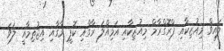
ލައިވް މިއުޒިކާއި ޕްރޮގްރާމް މިއުޒިކާއި އަމިއްލަ ރާގާއި ކޮޕީ ރާގާއި އިޖުތިމާއީ ލަވަ